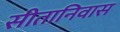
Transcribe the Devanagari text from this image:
सीतानिवास